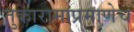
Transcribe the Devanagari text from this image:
तुकारामाप्रमाणेच